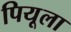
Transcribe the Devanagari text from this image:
पियूला